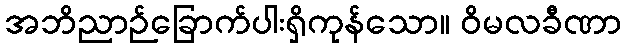
အဘိညာဉ်ခြောက်ပါးရှိကုန်သော။ ဝိမလခီဏာ